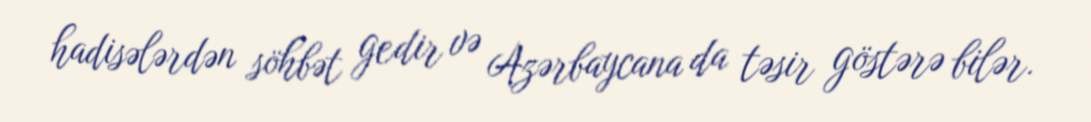
hadisələrdən söhbət gedir və Azərbaycana da təsir göstərə bilər.